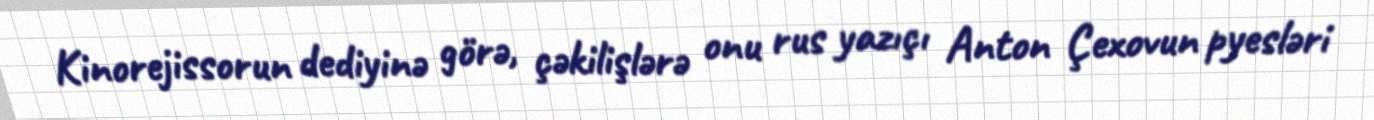
Kinorejissorun dediyinə görə, çəkilişlərə onu rus yazıçı Anton Çexovun pyesləri